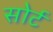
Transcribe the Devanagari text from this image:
सोर्ट